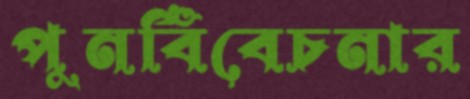
পুনর্বিবেচনার